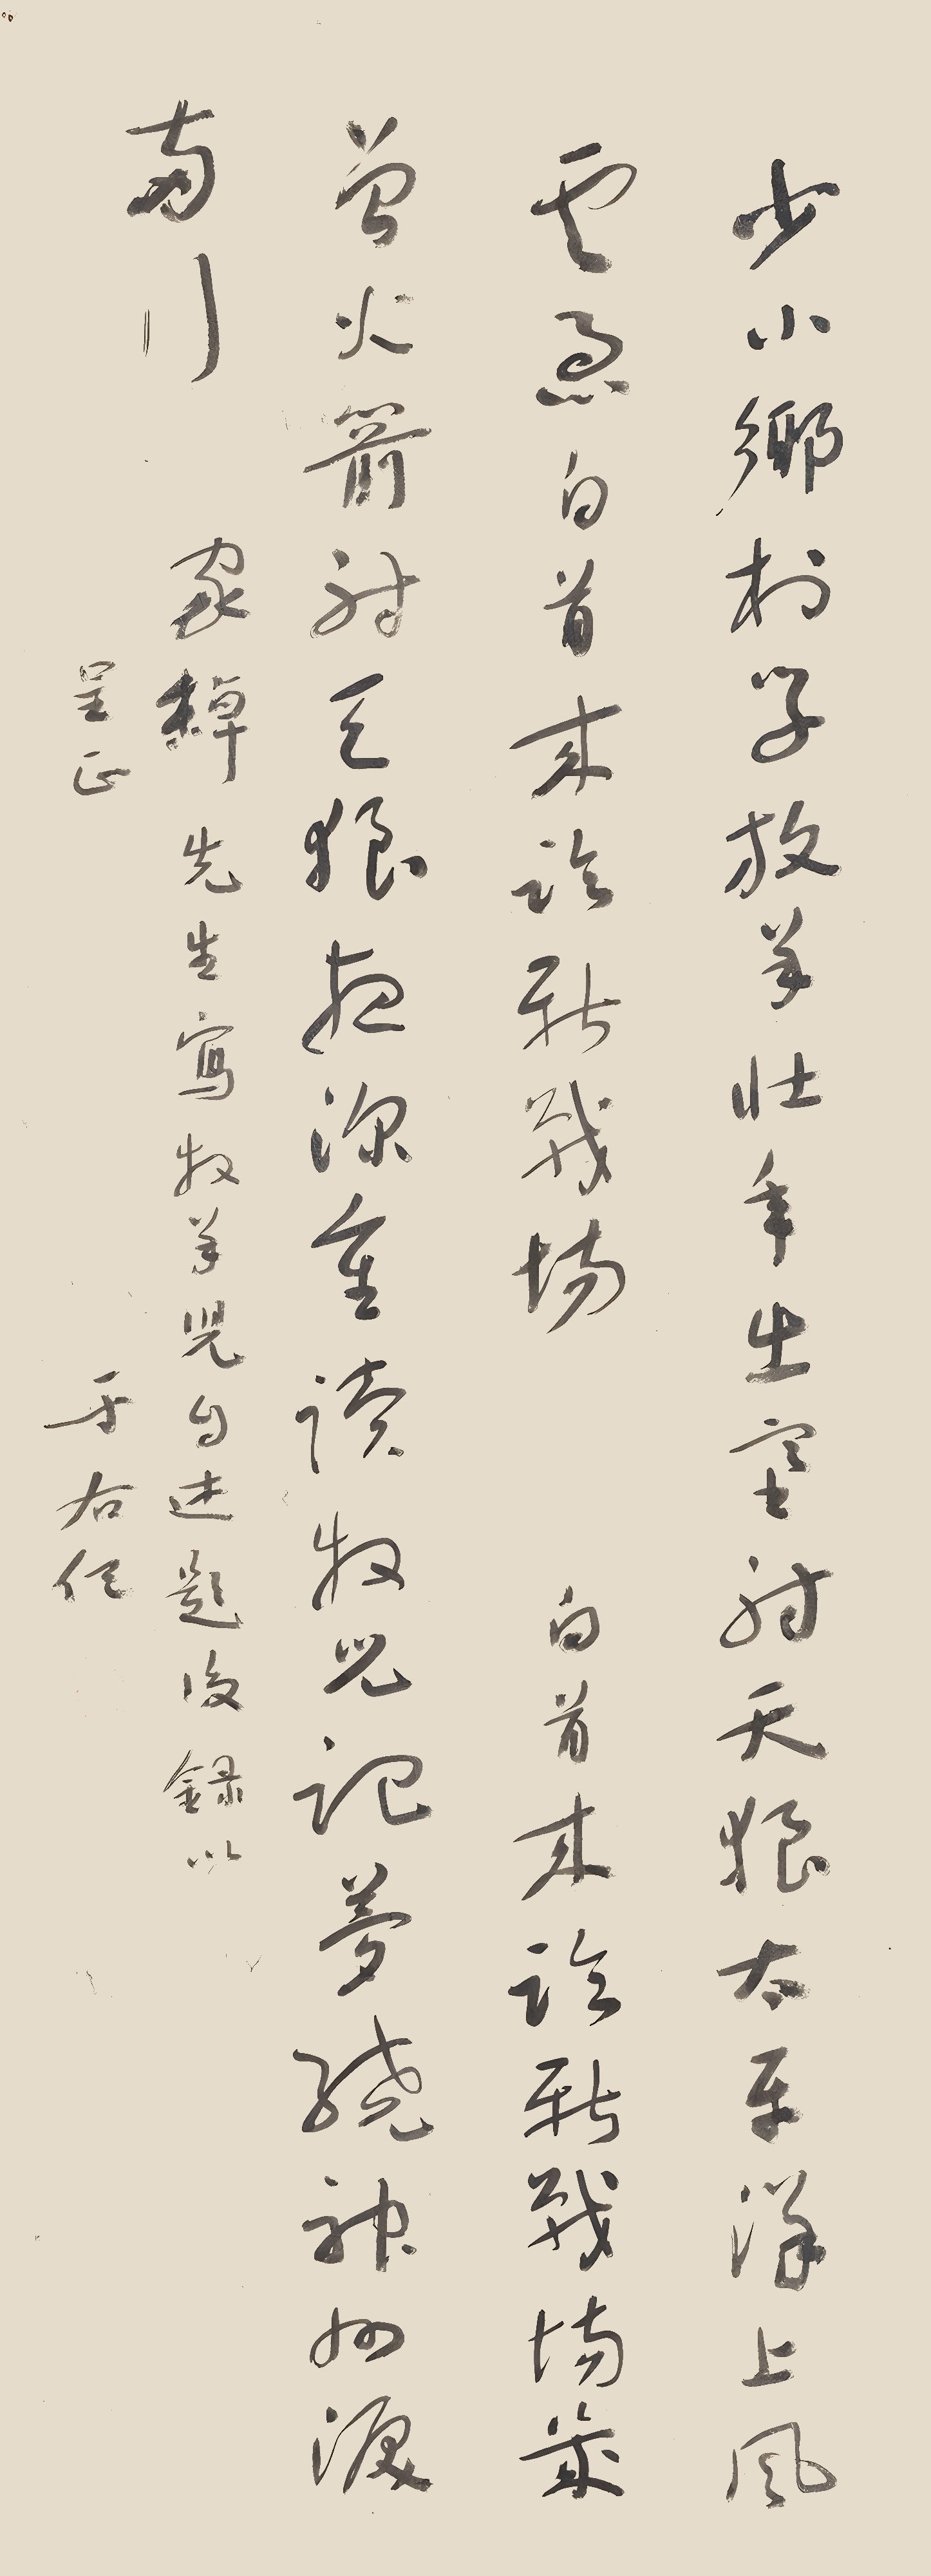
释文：少小乡村学放羊，壮年出塞射天狼。太平洋上风云急，白首来临新战场。白首来临新战场，几曾火箭射天狼。夜深重读牧儿记，梦绕神州泪两行。家绰先生写牧羊儿自述。题后录以呈正。于右任。